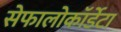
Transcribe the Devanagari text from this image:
सेफालोकॉर्डेटा